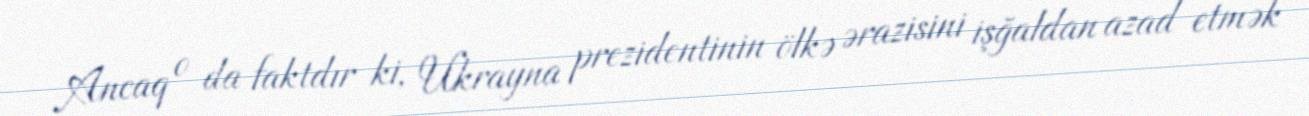
Ancaq o da faktdır ki, Ukrayna prezidentinin ölkə ərazisini işğaldan azad etmək